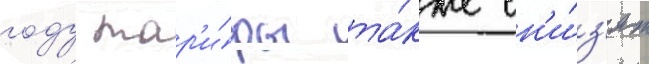
году тар'и́фы та́кже сн'и́з'ят